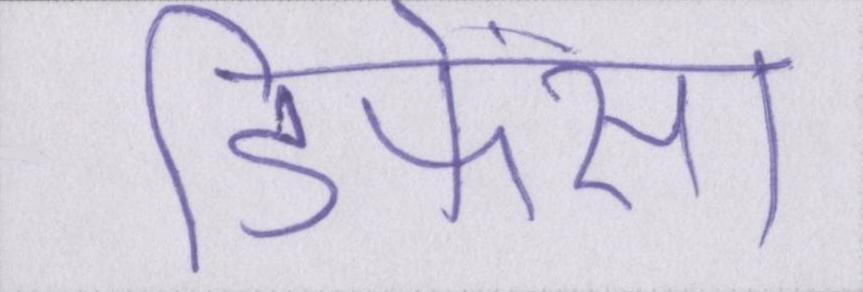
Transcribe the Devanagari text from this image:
डिफेंस।